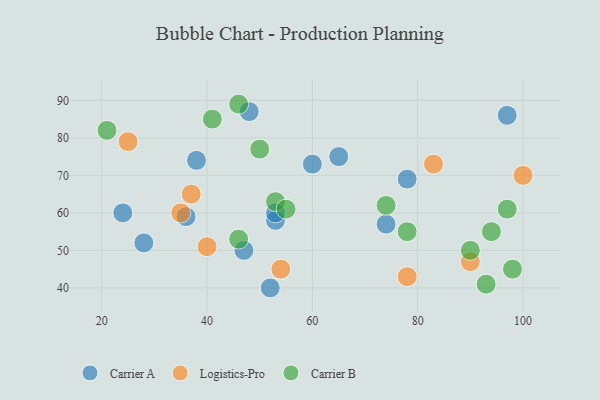
{"axis": {"x": "GDP", "y": "Life Expectancy"}, "legend": ["Carrier A", "Carrier B", "Logistics-Pro"], "data": [{"x": "65", "y": 75, "type": "Carrier A"}, {"x": "38", "y": 74, "type": "Carrier A"}, {"x": "48", "y": 87, "type": "Carrier A"}, {"x": "28", "y": 52, "type": "Carrier A"}, {"x": "52", "y": 40, "type": "Carrier A"}, {"x": "78", "y": 69, "type": "Carrier A"}, {"x": "36", "y": 59, "type": "Carrier A"}, {"x": "24", "y": 60, "type": "Carrier A"}, {"x": "97", "y": 86, "type": "Carrier A"}, {"x": "53", "y": 58, "type": "Carrier A"}, {"x": "47", "y": 50, "type": "Carrier A"}, {"x": "53", "y": 60, "type": "Carrier A"}, {"x": "74", "y": 57, "type": "Carrier A"}, {"x": "60", "y": 73, "type": "Carrier A"}, {"x": "35", "y": 60, "type": "Logistics-Pro"}, {"x": "100", "y": 70, "type": "Logistics-Pro"}, {"x": "25", "y": 79, "type": "Logistics-Pro"}, {"x": "54", "y": 45, "type": "Logistics-Pro"}, {"x": "37", "y": 65, "type": "Logistics-Pro"}, {"x": "78", "y": 43, "type": "Logistics-Pro"}, {"x": "83", "y": 73, "type": "Logistics-Pro"}, {"x": "90", "y": 47, "type": "Logistics-Pro"}, {"x": "40", "y": 51, "type": "Logistics-Pro"}, {"x": "93", "y": 41, "type": "Carrier B"}, {"x": "50", "y": 77, "type": "Carrier B"}, {"x": "21", "y": 82, "type": "Carrier B"}, {"x": "98", "y": 45, "type": "Carrier B"}, {"x": "90", "y": 50, "type": "Carrier B"}, {"x": "46", "y": 89, "type": "Carrier B"}, {"x": "41", "y": 85, "type": "Carrier B"}, {"x": "94", "y": 55, "type": "Carrier B"}, {"x": "53", "y": 63, "type": "Carrier B"}, {"x": "97", "y": 61, "type": "Carrier B"}, {"x": "74", "y": 62, "type": "Carrier B"}, {"x": "55", "y": 61, "type": "Carrier B"}, {"x": "78", "y": 55, "type": "Carrier B"}, {"x": "46", "y": 53, "type": "Carrier B"}]}